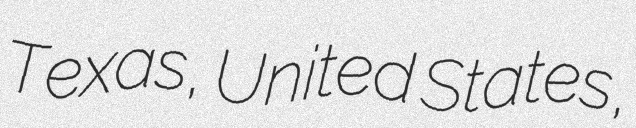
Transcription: Texas, United States,